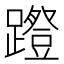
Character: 𰸱